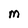
Character: M